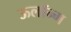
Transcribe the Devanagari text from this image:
ऊलॉन्ग